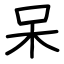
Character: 呆